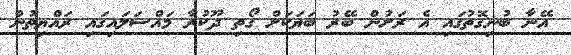
އޭނާ ބުނިގޮތުގައި އެ ރަށުން ބޭރު ބަޔަކަށް ގޯތި ދޫކުރާ މައްސަލައިގައި ރައްޔިތުން